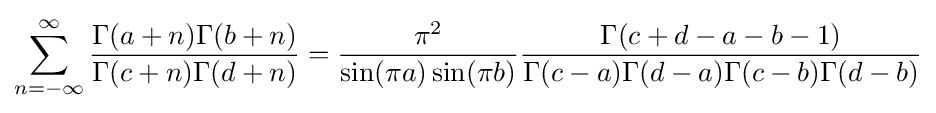
\sum _{n=-\infty }^{\infty }{\frac {\Gamma (a+n)\Gamma (b+n)}{\Gamma (c+n)\Gamma (d+n)}}={\frac {\pi ^{2}}{\sin(\pi a)\sin(\pi b)}}{\frac {\Gamma (c+d-a-b-1)}{\Gamma (c-a)\Gamma (d-a)\Gamma (c-b)\Gamma (d-b)}}